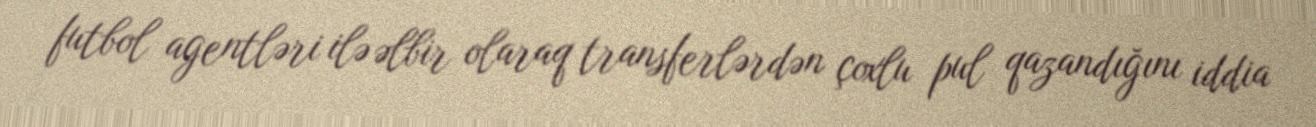
futbol agentləri ilə əlbir olaraq transferlərdən çoxlu pul qazandığını iddia